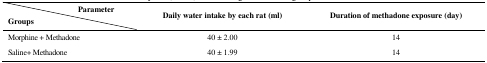
| Parameter | <ROWSPAN=2> Daily water intake by each rat (ml) | <ROWSPAN=2> Duration of methadone exposure (day) |
 | Groups |
 | --- | --- | --- |
 | Morphine + Methadone | 40 ± 2.00 | 14 |
 | Saline+ Methadone | 40 ± 1.99 | 14 |